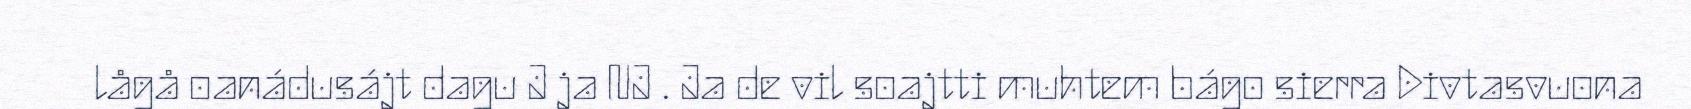
lågå oanádusájt dagu J ja NJ . Ja de vil soajtti muhtem bágo sierra Divtasvuona